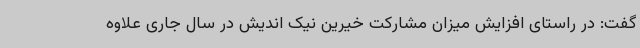
گفت: در راستای افزایش میزان مشارکت خیرین نیک اندیش در سال جاری علاوه